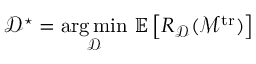
\mathcal { D } ^ { \star } = \operatornamewithlimits { a r g \, m i n } _ { \mathcal { D } } \, \mathbb { E } \left[ R _ { \mathcal { D } } ( \mathcal { M } ^ { \mathrm { t r } } ) \right]